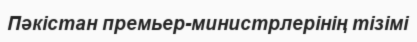
Пәкістан премьер-министрлерінің тізімі